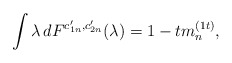
\begin{align*} \int\lambda \,dF^{c_{1n}',c_{2n}'}(\lambda)=1-tm_n^{(1t)},\end{align*}